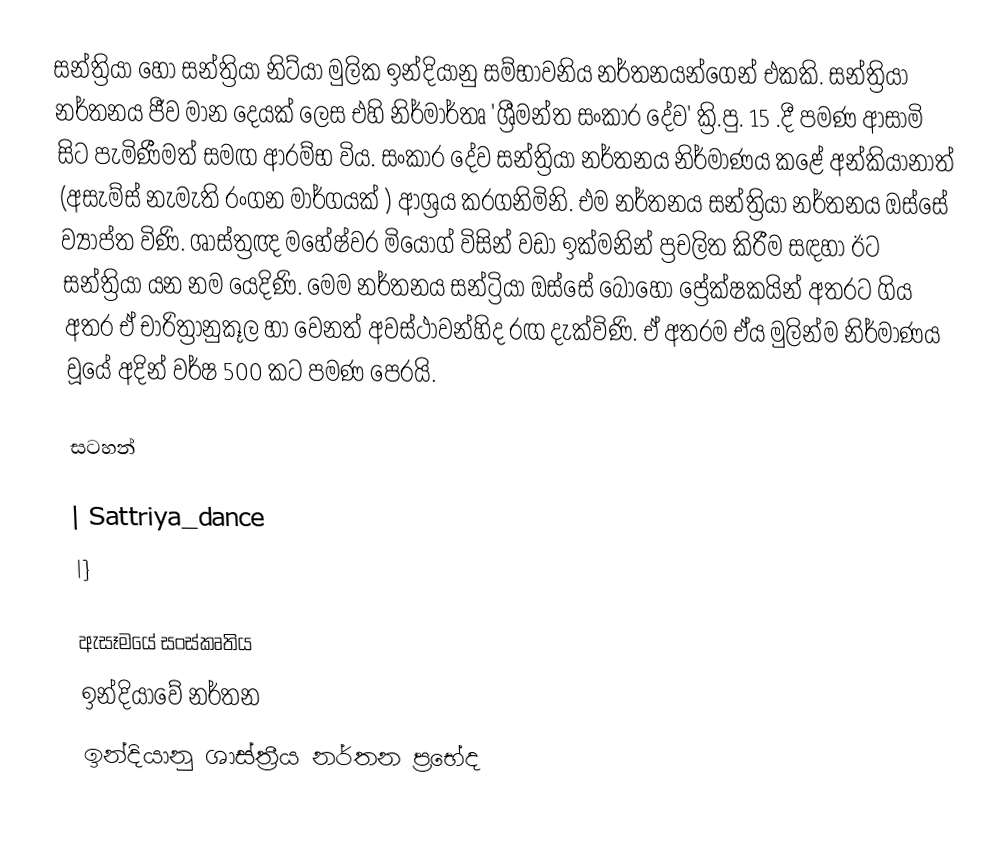
සන්ත්‍රියා හෝ සන්ත්‍රියා නිට්යා මුලික ඉන්දියානු සම්භාවනිය නර්තනයන්ගෙන් එකකි. සන්ත්‍රියා නර්තනය ජීව මාන දෙයක් ලෙස එහි නිර්මාර්තෘ 'ශ්‍රීමන්ත සංකාර දේව' ක්‍රි.පු. 15 .දී පමණ ආසාමි සිට පැමිණීමත් සමඟ ආරම්භ විය. සංකාර දේව සන්ත්‍රියා නර්තනය නිර්මාණය කළේ අන්කියානාත් (අසැම්ස් නැමැති රංගන මාර්ගයක් )   ආශ්‍රය කරගනිමිනි. එම නර්තනය සන්ත්‍රියා නර්තනය ඔස්සේ ව්‍යාප්ත විණි. ශාස්ත්‍රඥ මහේෂ්වර මියෝග් විසින් වඩා ඉක්මනින් ප්‍රචලිත කිරීම සඳහා ඊට සන්ත්‍රියා යන නම යෙදිණි. මෙම නර්තනය සන්ට්‍රියා ඔස්සේ බොහෝ ප්‍රේක්ෂකයින් අතරට ගිය අතර ඒ චාරිත්‍රානුකූල හා වෙනත් අවස්ථාවන්හිද රඟ දැක්විණි. ඒ අතරම ඒය මුලින්ම නිර්මාණය වූයේ අදින් වර්ෂ 500 කට පමණ පෙරයි.

සටහන්

| Sattriya_dance
|}

ඇසෑමයේ සංස්කෘතිය
ඉන්දියාවේ නර්තන
ඉන්දියානු ශාස්ත‍්‍රීය නර්තන ප්‍රභේද